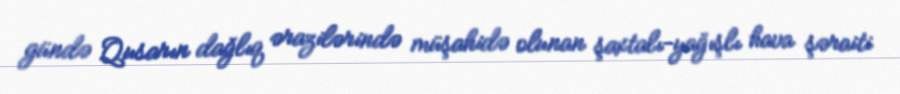
gündə Qusarın dağlıq ərazilərində müşahidə olunan şaxtalı-yağışlı hava şəraiti